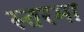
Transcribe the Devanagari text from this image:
स्तरमा